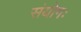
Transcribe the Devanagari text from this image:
संयोगः